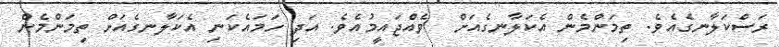
ރަސްކަލާނގެއެވެ. ތިމަންމެން އެކަލާނގެއަށް  ވެއްޖައީމުއެވެ. އަދި ހަމައެކަނި އެކަލާނގެއަށް ތިމަންމެން